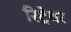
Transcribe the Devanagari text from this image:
रिट्रेवर